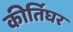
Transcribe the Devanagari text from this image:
कीर्तिघर